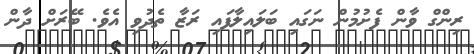
ރިންގް ވާން ފެށުމުން ނަގައި ބަލައިލާފައި ރަޒާ ތެދުވި އެވެ. ބޭރަށް ދާން